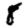
Digit: 8